Calcutta medical institutions reports 1892-1900
Year: 1892
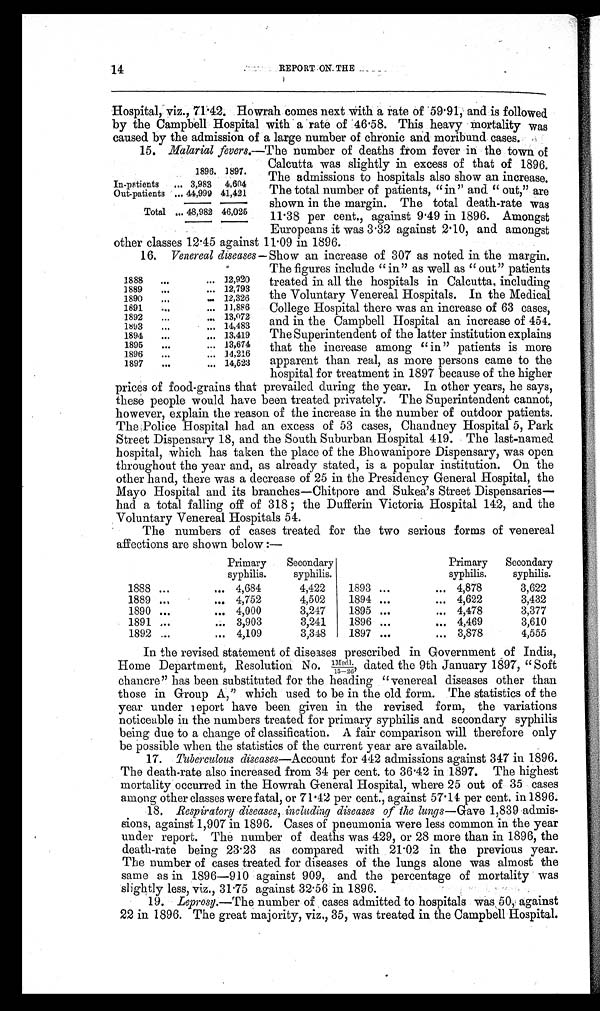
14
REPORT ON THE
Hospital, viz., 71.42. Howrah comes next with a rate of 59.91, and is followed
by the Campbell Hospital with a rate of 46.58. This heavy mortality was
caused by the admission of a large number of chronic and moribund cases.
15. Malarial fevers.—The number of deaths from fever in the town of
1896. 1897.
In-patients
. . . 3,983
4,604
Out-patients
. . .44,999 41,421
Total
. . . 48,982 46,025
Calcutta was slightly in excess of that of 1896.
The admissions to hospitals also show an increase.
The total number of patients, "in" and "out," are
shown in the margin. The total death-rate was
11.38 per cent., against 9.49 in 1896. Amongst
Europeans it was 3.32 against 2.10, and amongst
other classes 12.45 against 11.09 in 1896.
16. Venereal diseases—Show an increase of 307 as noted in the margin.
1888
. . .
. . . 12,920
1889
. . .
. . . 12,793
1890
. . .
. . . 12,326
1891
. . .
. . . 11,886
1892
. . .
. . . 13,072
1893
. . .
. . . 14,483
1894
...
... 13,419
1895
...
. . . 13,674
1896
...
... 14,216
1897
...
... 14,523
The figures include "in" as well as "out" patients
treated in all the hospitals in Calcutta, including
the Voluntary Venereal Hospitals. In the Medical
College Hospital there was an increase of 63 cases,
and in the Campbell Hospital an increase of 454.
The Superintendent of the latter institution explains
that the increase among "in" patients is more
apparent than real, as more persons came to the
hospital for treatment in 1897 because of the higher
prices of food-grains that prevailed during the year. In other years, he says,
these people would have been treated privately. The Superintendent cannot,
however, explain the reason of the increase in the number of outdoor patients.
The Police Hospital had an excess of 53 cases, Chandney Hospital 5, Park
Street Dispensary 18, and the South Suburban Hospital 419. The last-named
hospital, which has taken the place of the Bhowanipore Dispensary, was open
throughout the year and, as already stated, is a popular institution. On the
other hand, there was a decrease of 25 in the Presidency General Hospital, the
Mayo Hospital and its branches—Chitpore and Sukea's Street Dispensaries
—had a total falling off of 318; the Dufferin Victoria Hospital 142, and the
Voluntary Venereal Hospitals 54.
The numbers of cases treated for the two serious forms of venereal
affections are shown below:—
Primary
syphilis.
Secondary
syphilis.
Primary
syphilis.
Secondary
syphilis.
1888 ...
... 4,684
4,422
1893 ...
... 4,878
3,622
1889 . . .
... 4,752
4,502
1894 ...
... 4,622
3,432
1890 ...
... 4,000
3,247
1895 ...
... 4,478
3,377
1891 ...
... 3,903
3,241
1896 ...
... 4,469
3,610
1892 ...
... 4,109
3,348
1897 ...
... 3,878
4,555
In the revised statement of diseases prescribed in Government of India,
Home Department, Resolution No. 1Medl./15–26, dated the 9th January 1897, "Soft
chancre" has been substituted for the heading "venereal diseases other than
those in Group A," which used to be in the old form. The statistics of the
year under report have been given in the revised form, the variations
noticeable in the numbers treated for primary syphilis and secondary syphilis
being due to a change of classification. A fair comparison will therefore only
be possible when the statistics of the current year are available.
17. Tuberculous diseases—Account for 442 admissions against 347 in 1896.
The death-rate also increased from 34 per cent. to 36.42 in 1897. The highest
mortality occurred in the Howrah General Hospital, where 25 out of 35 cases
among other classes were fatal, or 71. 42 per cent., against 57.14 per cent. in 1896.
18. Respiratory diseases, including diseases of the lungs— Gave 1,839 admis-
sions, against 1,907 in 1896. Cases of pneumonia were less common in the year
under report. The number of deaths was 429, or 28 more than in 1896, the
death-rate being 23.23 as compared with 21.02 in the previous year.
The number of cases treated for diseases of the lungs alone was almost the
same as in 1896—910 against 909, and the percentage of mortality was
slightly less, viz., 31.75 against 32.56 in 1896.
19. Leprosy.—The number of cases admitted to hospitals was 50, against
22 in 1896. The great majority, viz., 35, was treated in the Campbell Hospital.